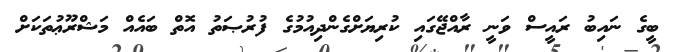
ބީގެ ނައިބު ރައީސް ވަނީ ރާއްޖޭގައި ކުރިޔަށްގެންދިއުމުގެ ފުރުޞަތު އޮތް ބައެއް މަޝްރޫޢުތަކަށް